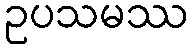
ဥပသမဿ